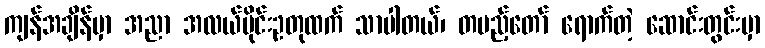
ကျန်အချိန်မှာ အညာ အလယ်ပိုင်းဥတုထက် သာပါတယ်၊ တပည့်တော် ရောက်တဲ့ ဆောင်းတွင်းမှာ